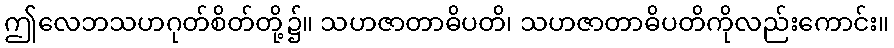
ဤလေဘသဟဂုတ်စိတ်တို့၌။ သဟဇာတာဓိပတိ၊ သဟဇာတာဓိပတိကိုလည်းကောင်း။